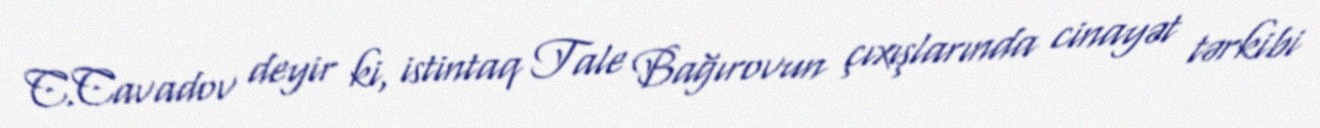
C.Cavadov deyir ki, istintaq Tale Bağırovun çıxışlarında cinayət tərkibi